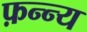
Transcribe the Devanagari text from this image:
फ़न्न्य